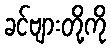
ခင်ဗျားတို့ကို